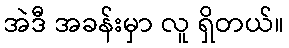
အဲဒီ အခန်းမှာ လူ ရှိတယ်။